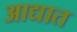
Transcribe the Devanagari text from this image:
आद्यात